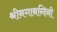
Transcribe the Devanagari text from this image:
श्रीनगानन्दिनी